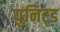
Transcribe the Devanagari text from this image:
युनिट्ड